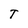
Character: T